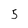
Character: 5